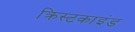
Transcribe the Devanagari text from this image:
क्रिस्टकाइंड